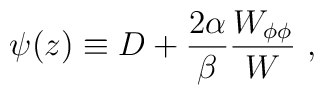
\psi(z)\equiv D+{2\alpha\over\beta} {W_{\phi\phi}\over W}~,